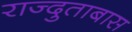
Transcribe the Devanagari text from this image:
राज्दुताबास